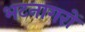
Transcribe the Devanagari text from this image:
भटनागरों